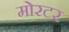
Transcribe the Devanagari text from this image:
मोरटर